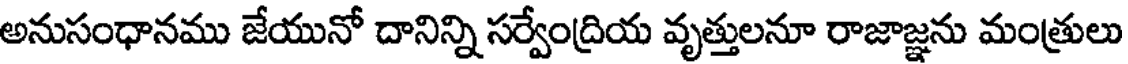
అనుసంధానము జేయునో దానిన్ని సర్వేంద్రియ వృత్తులనూ రాజాజ్ఞను మంత్రులు